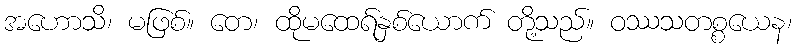
အဟောသိ၊ မဖြစ်။ တေ၊ ထိုမထေရ်နှစ်ယောက် တို့သည်။ ဝဿသတစ္စယေန၊